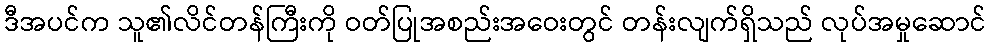
ဒီအပင်က သူ၏လိင်တန်ကြီးကို ဝတ်ပြုအစည်းအဝေးတွင် တန်းလျက်ရှိသည် လုပ်အမှုဆောင်